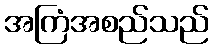
အကြံအစည်သည်